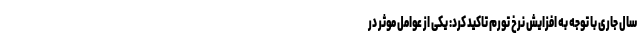
سال جاری با توجه به افزایش نرخ تورم تاکید کرد: یکی از عوامل موثر در